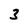
Character: 3